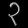
Digit: ၃